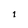
Character: 1